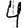
Digit: 4